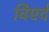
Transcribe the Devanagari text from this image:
विएर्द